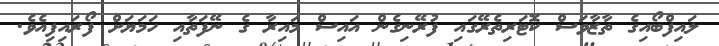
ލައިފްބޯއިގެ ތާޒާވަސް ކޮޓަރިތެރޭގައި ފުރޭނިގެން އައިސް މައިރާ ގެ ނޭފަތާއި ހަމަޔަށް ފޯރައިފިއެވެ.